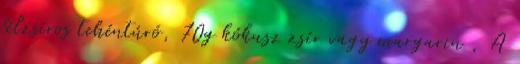
félzsíros tehéntúró, 70g kókusz zsír vagy margarin , A